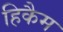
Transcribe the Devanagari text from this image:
हिकैम